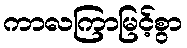
ကာလကြာမြင့်စွာ